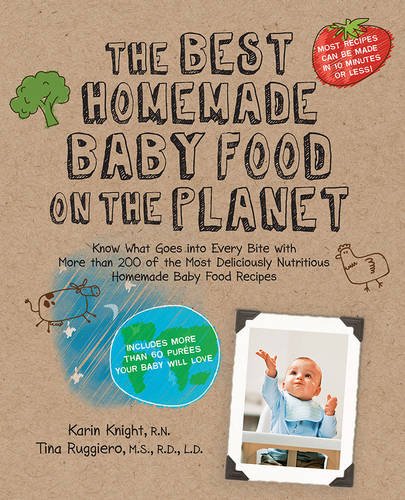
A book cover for The Best Homemade Baby Food on the Planet: Know What Goes Into Every Bite with More Than 200 of the Most Deliciously Nutritious Homemade Baby Food ... More Than 60 Purees Your Baby Will Love; Karin Knight; Cookbooks, Food & Wine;